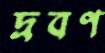
দ্রবণ